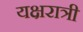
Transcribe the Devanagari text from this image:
यक्षरात्री